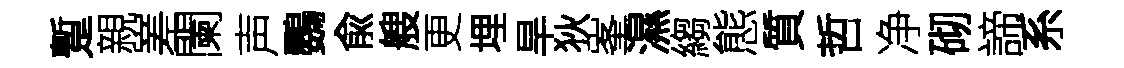
蹔親嵳闌声鸚兪艘更埋旱狄峯濕縐態質哲净砌諦系